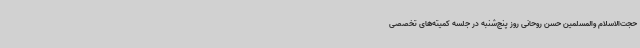
حجت‌الاسلام والمسلمین حسن روحانی روز پنج‌شنبه در جلسه کمیته‌های تخصصی